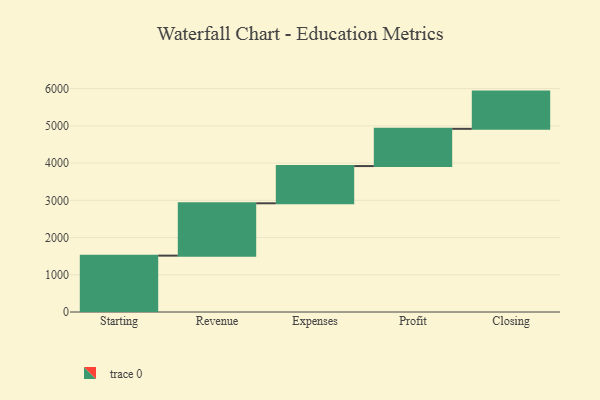
{"axis": {"x": "Step", "y": "Value"}, "legend": [""], "data": [{"x": "Starting", "y": 1514.0, "type": ""}, {"x": "Revenue", "y": 1406.0, "type": ""}, {"x": "Expenses", "y": 1000, "type": ""}, {"x": "Profit", "y": 1000, "type": ""}, {"x": "Closing", "y": 1000, "type": ""}]}